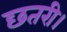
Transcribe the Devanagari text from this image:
छतरी।